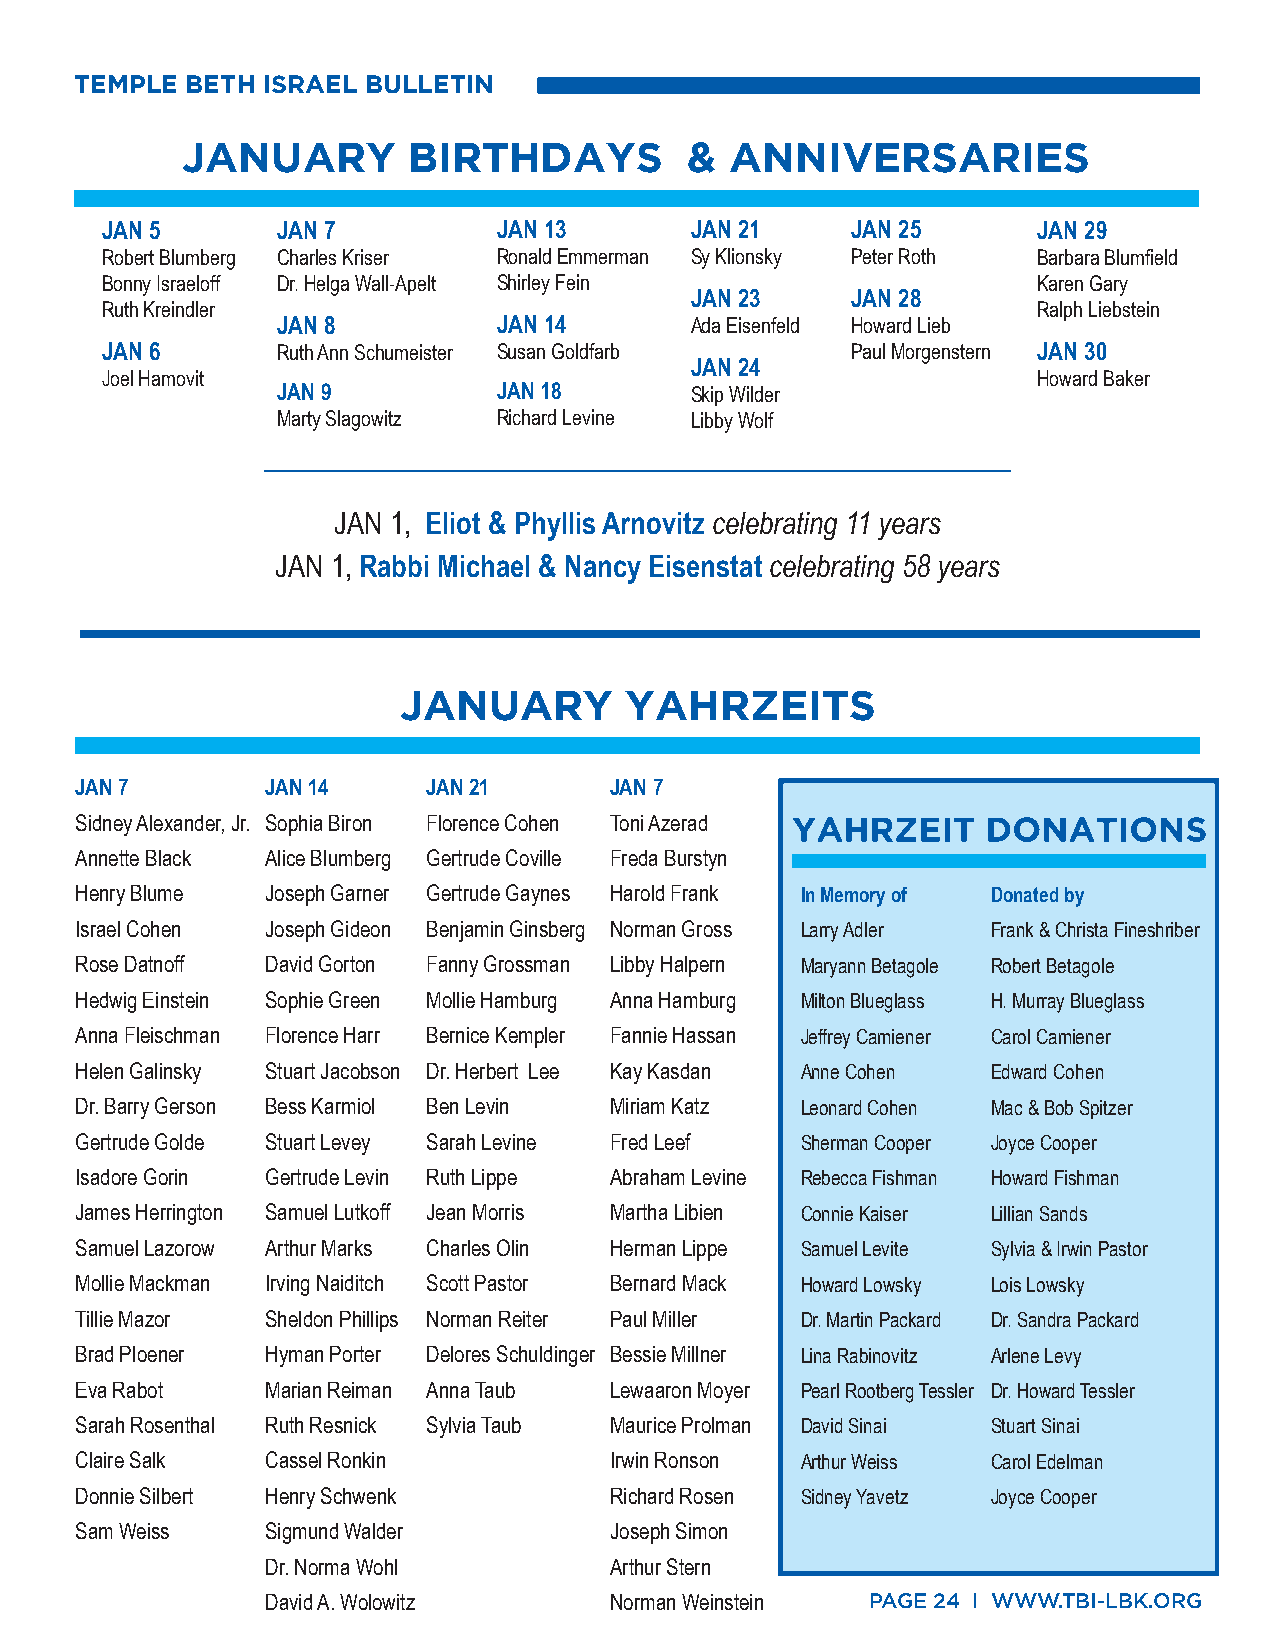
TEMPLE BETH ISRAEL BULLETIN
 JANUARY        BIRTHDAYS          & ANNIVERSARIES
 JAN 5      JAN 7          JAN 13       JAN 21    JAN 25       JAN 29
 Robert Blumberg Charles Kriser Ronald Emmerman Sy Klionsky Peter Roth Barbara Blumfield
 Bonny Israeloff Dr. Helga Wall-Apelt Shirley Fein             Karen Gary
 JAN 23    JAN 28
 Ruth Kreindler                                                Ralph Liebstein
 JAN 8          JAN 14       Ada Eisenfeld Howard Lieb
 JAN 6      Ruth Ann Schumeister Susan Goldfarb   Paul Morgenstern JAN 30
 JAN 24
 Joel Hamovit                                                  Howard Baker
 JAN 9          JAN 18       Skip Wilder
 Marty Slagowitz Richard Levine Libby Wolf
 JAN 1, Eliot & Phyllis Arnovitz celebrating 11 years
 JAN 1, Rabbi Michael & Nancy Eisenstat celebrating 58 years
 JANUARY        YAHRZEITS
 JAN 7        JAN 14    JAN 21      JAN 7
 Sidney Alexander, Jr. Sophia Biron Florence Cohen Toni Azerad
 Annette Black Alice Blumberg Gertrude Coville Freda Burstyn
 Henry Blume  Joseph Garner Gertrude Gaynes Harold Frank In Memory of Donated by
 Israel Cohen Joseph Gideon Benjamin Ginsberg Norman Gross Larry Adler Frank & Christa Fineshriber
 Rose Datnoff David Gorton Fanny Grossman Libby Halpern Maryann Betagole Robert Betagole
 Hedwig Einstein Sophie Green Mollie Hamburg Anna Hamburg Milton Blueglass H. Murray Blueglass
 Anna Fleischman Florence Harr Bernice Kempler Fannie Hassan Jeffrey Camiener Carol Camiener
 Helen Galinsky Stuart Jacobson Dr. Herbert Lee Kay Kasdan Anne Cohen Edward Cohen
 Dr. Barry Gerson Bess Karmiol Ben Levin Miriam Katz Leonard Cohen Mac & Bob Spitzer
 Gertrude Golde Stuart Levey Sarah Levine Fred Leef Sherman Cooper Joyce Cooper
 Isadore Gorin Gertrude Levin Ruth Lippe Abraham Levine Rebecca Fishman Howard Fishman
 James Herrington Samuel Lutkoff Jean Morris Martha Libien Connie Kaiser Lillian Sands
 Samuel Lazorow Arthur Marks Charles Olin Herman Lippe Samuel Levite Sylvia & Irwin Pastor
 Mollie Mackman Irving Naiditch Scott Pastor Bernard Mack Howard Lowsky Lois Lowsky
 Tillie Mazor Sheldon Phillips Norman Reiter Paul Miller Dr. Martin Packard Dr. Sandra Packard
 Brad Ploener Hyman Porter Delores Schuldinger Bessie Millner Lina Rabinovitz Arlene Levy
 Eva Rabot    Marian Reiman Anna Taub Lewaaron Moyer Pearl Rootberg Tessler Dr. Howard Tessler
 Sarah Rosenthal Ruth Resnick Sylvia Taub Maurice Prolman David Sinai Stuart Sinai
 Claire Salk  Cassel Ronkin         Irwin Ronson Arthur Weiss Carol Edelman
 Donnie Silbert Henry Schwenk       Richard Rosen Sidney Yavetz Joyce Cooper
 Sam Weiss    Sigmund Walder        Joseph Simon
 Dr. Norma Wohl        Arthur Stern
 David A. Wolowitz     Norman Weinstein  PAGE 24 I WWW.TBI-LBK.ORG